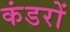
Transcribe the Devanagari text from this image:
कंडरों